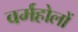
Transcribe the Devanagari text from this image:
वर्महोलों